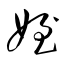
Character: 姪